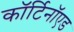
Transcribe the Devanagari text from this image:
कॉर्टिनॉएड